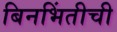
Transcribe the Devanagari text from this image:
बिनभिंतीची